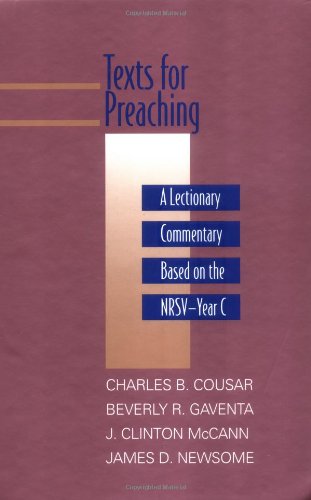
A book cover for Texts for Preaching: A Lectionary Commentary, Based on the NRSV, Vol. 3: Year C; Christian Books & Bibles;